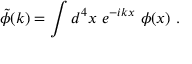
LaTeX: \tilde { \phi } ( k ) = \int d ^ { 4 } x \ e ^ { - i k x } \ \phi ( x ) ~ .